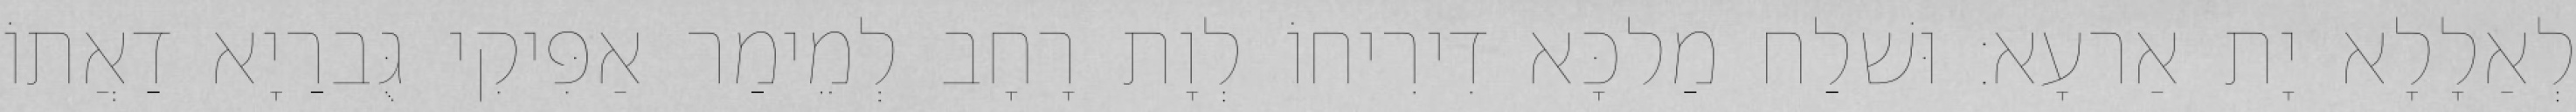
לְאַלָלָא יָת אַרעָא׃ וּשׁלַח מַלכָּא דִירִיחוֹ לְוָת רָחָב לְמֵימַר אַפִּיקִי גֻּברַיָא דַאֲתוֹ